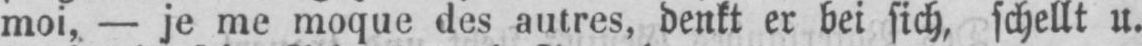
moi, - je me moque des autres, denkt er bei sich, schellt u.